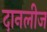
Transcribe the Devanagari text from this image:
दानलीज